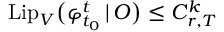
\mathrm { L i p } _ { V } \big ( \varphi _ { t _ { 0 } } ^ { t } \, | \, O \big ) \leq C _ { r , T } ^ { k }